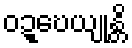
ဝဍ္ဎေယျုန္တိ